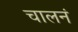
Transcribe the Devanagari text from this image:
चालनं